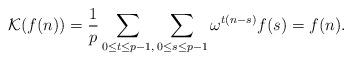
LaTeX: \begin{align*} \mathcal{K}(f(n))=\frac{1}{p} \sum_{0 \leq t\leq p-1,} \sum_{0 \leq s\leq p-1} \omega^{t(n-s)}f(s)=f(n).\end{align*}